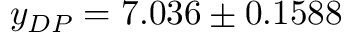
y _ { D P } = 7 . 0 3 6 \pm 0 . 1 5 8 8